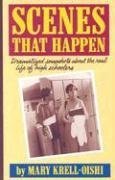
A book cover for Scenes That Happen: Snapshot Dramatizations about Life in High School; Mary Krell-Oishi; Teen & Young Adult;